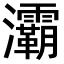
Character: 灞